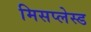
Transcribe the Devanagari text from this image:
मिसप्लेस्ड